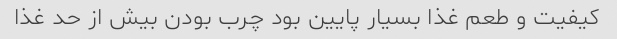
کیفیت و طعم غذا بسیار پایین بود چرب بودن بیش از حد غذا